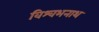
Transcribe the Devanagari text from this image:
विश्वभनाथ